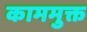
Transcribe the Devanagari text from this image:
काममुक्त